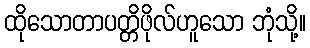
ထိုသောတာပတ္တိဖိုလ်ဟူသော ဘုံသို့။